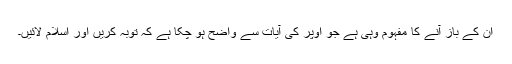
ان کے باز آنے کا مفہوم وہی ہے جو اوپر کی آیات سے واضح ہو چکا ہے کہ توبہ کریں اور اسلام لائیں۔